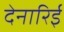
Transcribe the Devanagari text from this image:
देनारिई